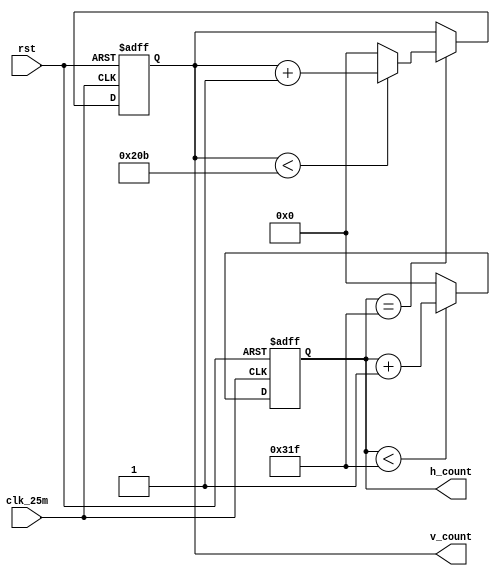
//////////////////////////////////////////////////////////////////////////////////
// Project Name: VGA
//////////////////////////////////////////////////////////////////////////////////

`timescale 1ns / 1ps

module VGA_control(
    input clk_25m,
    input rst,
    output reg [9:0] h_count,
    output reg [9:0] v_count
    );
	
	parameter H_FRONT = 16;                               //Horizontal front porch
    parameter H_SYNC = 96;                               //Horizontal sync pulse
    parameter H_BACK = 48;                                //Horizontal back porch
    parameter H_ACT = 640;                                //Horizontal activate pixels 
    parameter H_TOTAL = H_FRONT+H_SYNC+H_BACK+H_ACT;      //Horizontal total pixels
    
    parameter V_FRONT = 11;                                //Vertical front porch
    parameter V_SYNC = 2;                                 //Vertical sync pulse
    parameter V_BACK = 31;                                //Vertical back porch
    parameter V_ACT = 480;                                //Vertical activate pixels
    parameter V_TOTAL = V_FRONT+V_SYNC+V_BACK+V_ACT;      //Vertical total pixels

	
	//horizontal
    always @(posedge clk_25m or posedge rst)
    begin
        if(rst)
            h_count <= 0;
        else begin
            if(h_count < H_TOTAL - 1)
                h_count <= h_count + 1;
            else
                h_count <= 0;
        end
    end

    //vertical
    always @(posedge clk_25m or posedge rst)
    begin
        if(rst)
            v_count <= 0;
        else if(h_count == H_TOTAL - 1) begin
            if(v_count < V_TOTAL - 1)
                v_count <= v_count + 1;
            else
                v_count <= 0;
        end
    end
	
endmodule